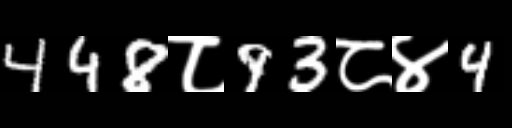
Text: 448८93८४4